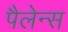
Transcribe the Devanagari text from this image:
पैलेन्स